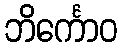
ဘိင်္ကောဝ